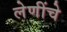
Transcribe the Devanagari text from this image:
लेणींचे